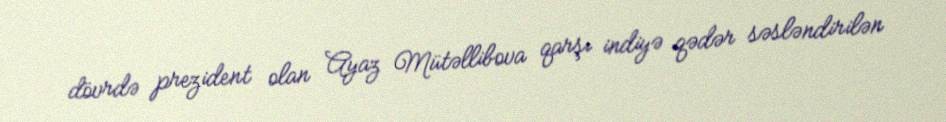
dövrdə prezident olan Ayaz Mütəllibova qarşı indiyə qədər səsləndirilən